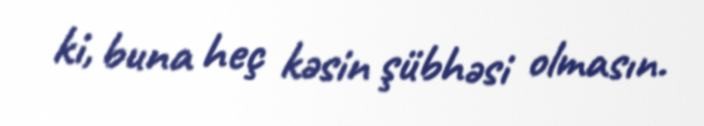
ki, buna heç kəsin şübhəsi olmasın.